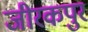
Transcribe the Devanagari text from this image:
जीरकपुर